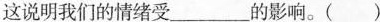
这说明我们的情绪受___的影响。( )